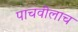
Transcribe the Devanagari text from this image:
पाचवीलाच